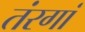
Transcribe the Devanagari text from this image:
तंरगां